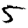
Digit: 5